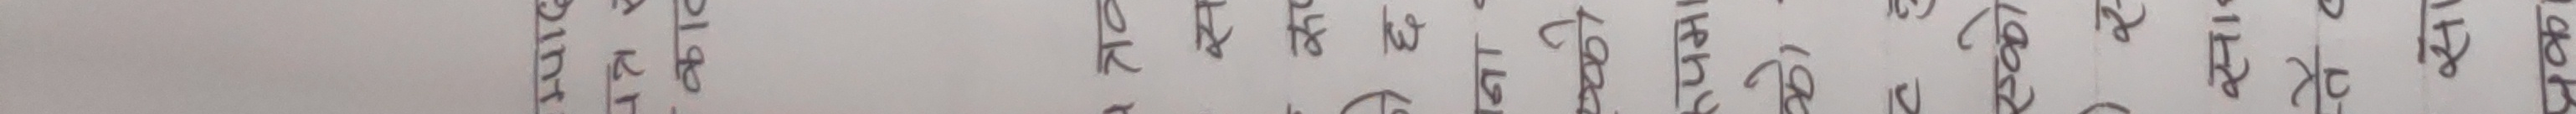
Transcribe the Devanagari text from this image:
२०७२।१।२२ गते को